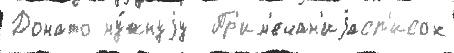
Донато ну́жнуjу  Пр'им'ечан'иjасп'исок